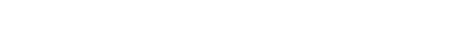
သဗ္ဗာပိ၊ အလုံးစုံလည်းဖြစ်သော။ သမ္မာဒိဋ္ဌိ၊ အယူ၏ ဖြောင့်ခြင်းသည်။ ဒိဋ္ဌိသမ္ပဒါ၊